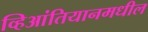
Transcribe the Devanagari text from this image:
व्हिआंतियानमधील